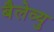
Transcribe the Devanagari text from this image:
बैलेव्यु